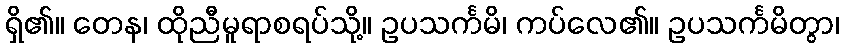
ရှိ၏။ တေန၊ ထိုညီမူရာစရပ်သို့။ ဥပသင်္ကမိ၊ ကပ်လေ၏။ ဥပသင်္ကမိတွာ၊